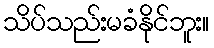
သိပ်သည်းမခံနိုင်ဘူး။